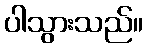
ပါသွားသည်။